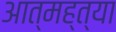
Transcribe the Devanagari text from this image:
आत्‍मह्त्‍या